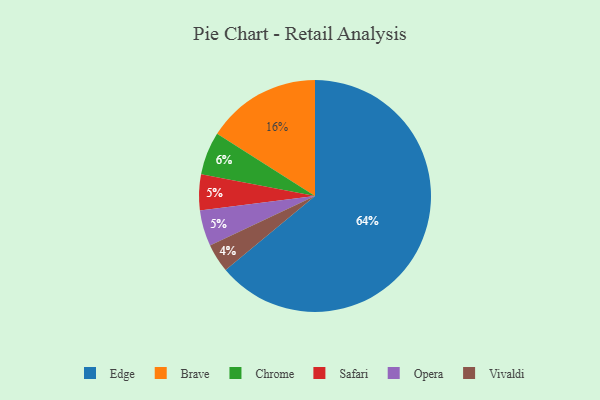
{"axis": {"x": "Category", "y": "Percentage"}, "legend": ["Brave", "Chrome", "Edge", "Opera", "Safari", "Vivaldi"], "data": [{"x": "Brave", "y": 16, "type": "Brave"}, {"x": "Edge", "y": 64, "type": "Edge"}, {"x": "Safari", "y": 5, "type": "Safari"}, {"x": "Chrome", "y": 6, "type": "Chrome"}, {"x": "Vivaldi", "y": 4, "type": "Vivaldi"}, {"x": "Opera", "y": 5, "type": "Opera"}]}